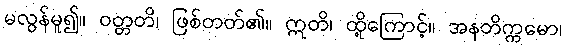
မလွန်မူ၍။ ဝတ္တတိ၊ ဖြစ်တတ်၏။ ဣတိ၊ ထို့ကြောင့်။ အနတိက္ကမော၊